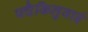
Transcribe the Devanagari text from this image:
पचैकिलुवाई